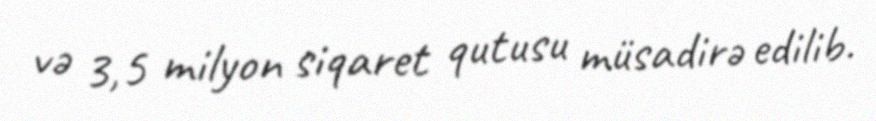
və 3,5 milyon siqaret qutusu müsadirə edilib.